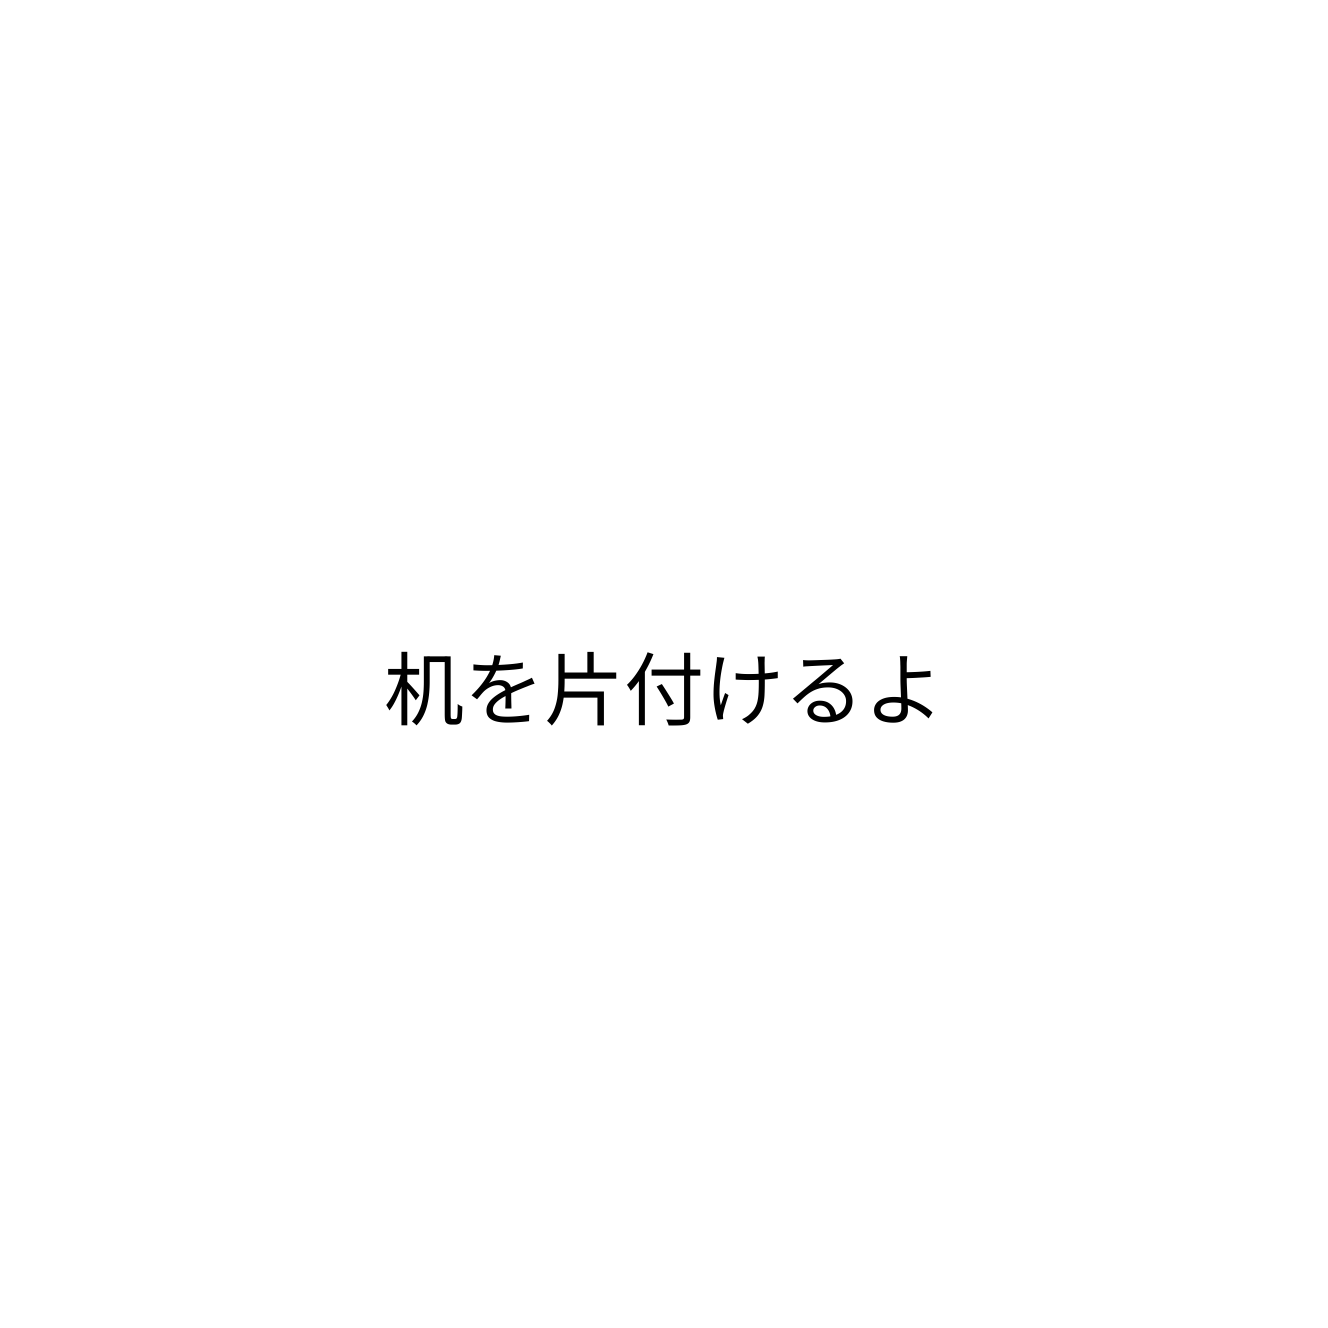
机を片付けるよ